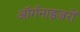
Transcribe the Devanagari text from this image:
ऑर्गनाइज़रों